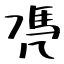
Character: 凴